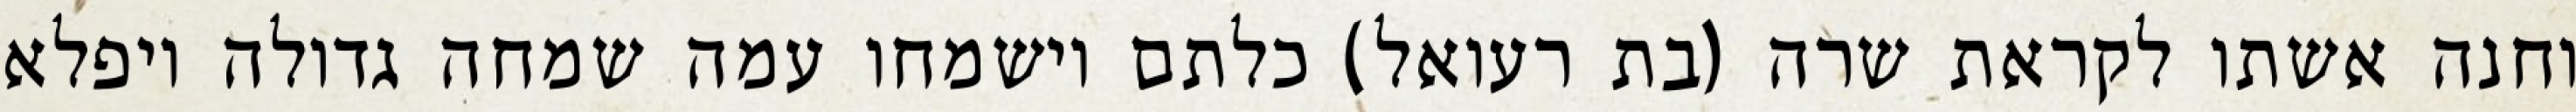
וחנה אשתו לקראת שרה (בת רעואל) כלתם וישמחו עמה שמחה גדולה ויפלא